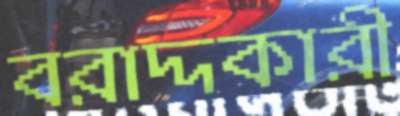
বরাদ্দকারী